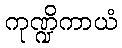
ကုဏ္ဍိကာယံ